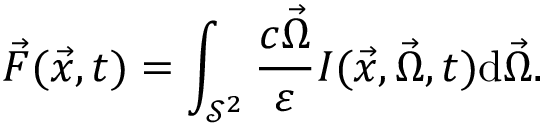
\vec { F } ( \vec { x } , t ) = \int _ { \mathcal { S } ^ { 2 } } \frac { c \vec { \Omega } } { \varepsilon } I ( \vec { x } , \vec { \Omega } , t ) \mathrm { d } \vec { \Omega } .